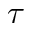
\tau